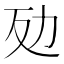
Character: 𠡀